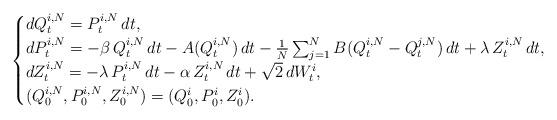
LaTeX: \begin{align*}\begin{cases}dQ^{i,N}_t=P^{i,N}_t\,dt,\\dP^{i,N}_t=- \beta\, Q^{i,N}_t\,dt-A(Q^{i,N}_t)\,dt-\frac{1}{N}\sum_{j=1}^N B(Q^{i,N}_t-Q^{j,N}_t)\,dt+\lambda\,Z^{i,N}_t\,dt,\\dZ^{i,N}_t=-\lambda\,P^{i,N}_t\,dt-\alpha\, Z^{i,N}_t\,dt+\sqrt{2}\,dW^{i}_t,\\(Q^{i,N}_0,P^{i,N}_0,Z^{i,N}_0)=(Q^{i}_0,P^{i}_0,Z^{i}_0).\end{cases}\end{align*}